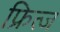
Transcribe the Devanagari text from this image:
फ्रित्ज